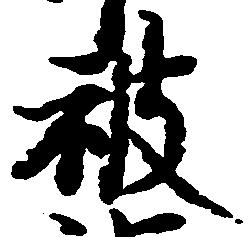
被